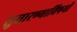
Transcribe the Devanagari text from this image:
सुधारण्याविषयीं